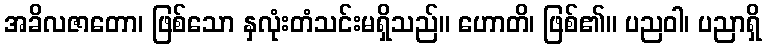
အခိလဇာတော၊ ဖြစ်သော နှလုံးတံသင်းမရှိသည်။ ဟောတိ၊ ဖြစ်၏။ ပညဝါ၊ ပညာရှိ